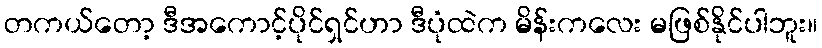
တကယ်တော့ ဒီအကောင့်ပိုင်ရှင်ဟာ ဒီပုံထဲက မိန်းကလေး မဖြစ်နိုင်ပါဘူး။